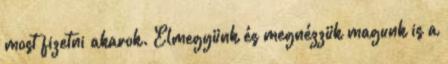
most fizetni akarok. Elmegyünk és megnézzük magunk is a